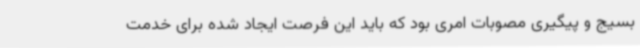
بسیج و پیگیری مصوبات امری بود که باید این فرصت ایجاد شده برای خدمت